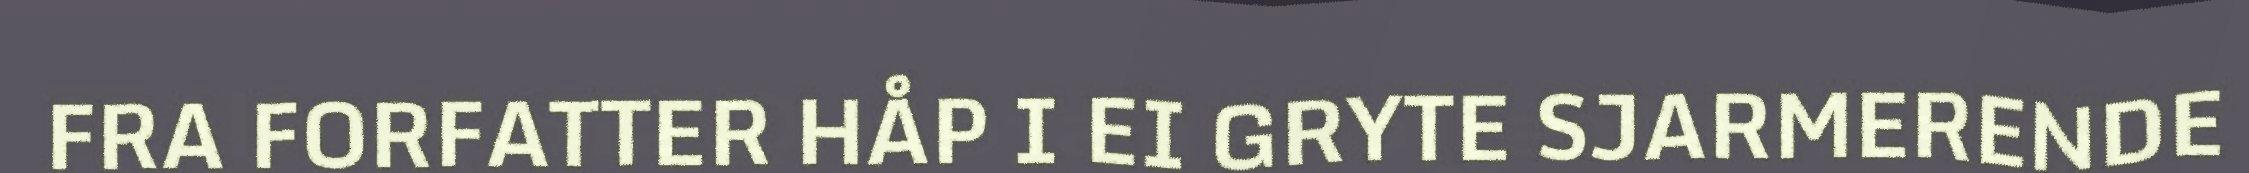
FRA FORFATTER HÅP I EI GRYTE SJARMERENDE